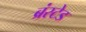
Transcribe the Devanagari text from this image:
ब्रंस्टेड